Indian Medical Review
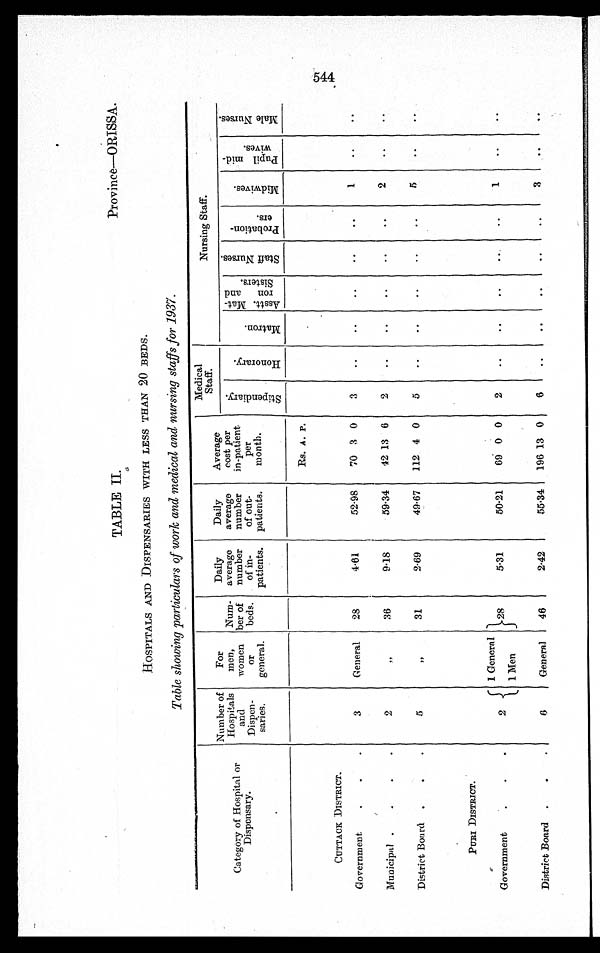
Province—ORISSA.
TABLE II.
HOSPITALS AND DISPENSARIES WITH LESS THAN 20 BEDS.
Table showing particulars of work and medical and nursing staffs for 1937.
C ategory of Hospital or
Dispensary.
Number of
Hospitals and
Dispen- saries.
For
men,
women or
general.
Num-
ber of
beds.
Daily
average e
number of in-
patients.
Daily
average
number of out-
patients.
Average cost per
in-patient. per
month.
Medica .l
Staff
Nursing Staff.
S t i p e n d i a r y
H o n a r a r y
M a t r o n A s s t t . M a t - r o n a n d S i s t e r s
S t a f f N u r s e s P r o b a t i o n e r s
M i d w i v e s
P u p i l m i d - w i v e s
M a l e N u r s e s .
Rs. A . P.
CUTTACK DI STRI CT.
Government
3 General 28
4.61
.52.98 70 3 0
0
1
MunicipaI
2
36
9.18
59.34 42 13 6 2
2
District Board
5
31
2. 69
49.67 112 4 0 5
5
PURI DI STRI CT.
Government
General 28 5.31
50.21 69 0 0 2
1
1 Men
District Board .
6 General 46
2.42
55.34 196 13 0 6
3